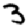
Digit: 3